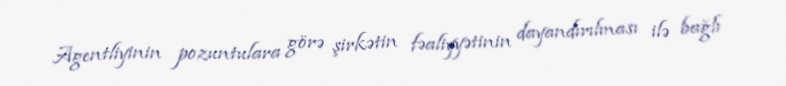
Agentliyinin pozuntulara görə şirkətin fəaliyyətinin dayandırılması ilə bağlı